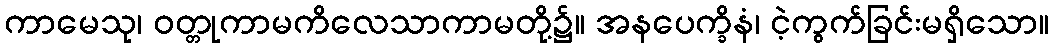
ကာမေသု၊ ဝတ္တုကာမကိလေသာကာမတို့၌။ အနပေက္ခိနံ၊ ငဲ့ကွက်ခြင်းမရှိသော။